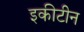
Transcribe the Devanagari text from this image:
इकीटीन